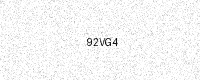
Text: 92VG4